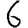
Digit: 6